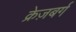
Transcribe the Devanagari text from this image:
क्रेज़बर्ग